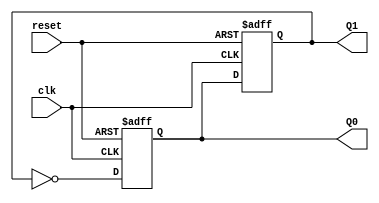
module dual_stage_johnson_counter (
    input wire clk,        // Clock input
    input wire reset,      // Asynchronous reset
    output reg Q0,        // Output of the first flip-flop
    output reg Q1         // Output of the second flip-flop
);

// Sequential logic for the Johnson counter
always @(posedge clk or posedge reset) begin
    if (reset) begin
        // Initialize both flip-flops to 0 on reset
        Q0 <= 1'b0;
        Q1 <= 1'b0;
    end else begin
        // Feedback mechanism for the Johnson counter
        Q0 <= ~Q1;      // D0 = NOT Q1
        Q1 <= Q0;       // D1 = Q0
    end
end

endmodule